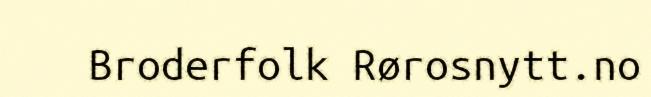
Broderfolk Rørosnytt.no